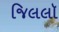
જિલલૉ